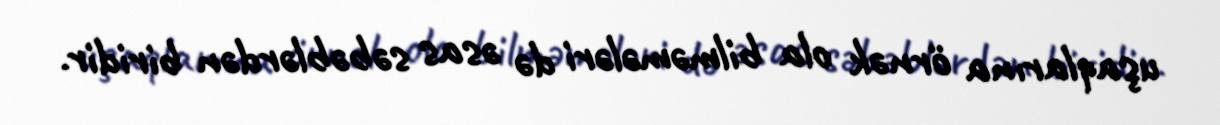
uşaqlarına örnək ola bilməmələri də əsas səbəblərdən biridir.